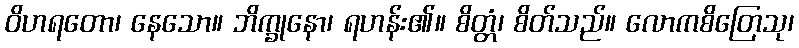
ဝိဟရတော၊ နေသော။ ဘိက္ခုနော၊ ရဟန်း၏။ စိတ္တံ၊ စိတ်သည်။ လောကစိတြေသု၊